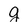
Character: g